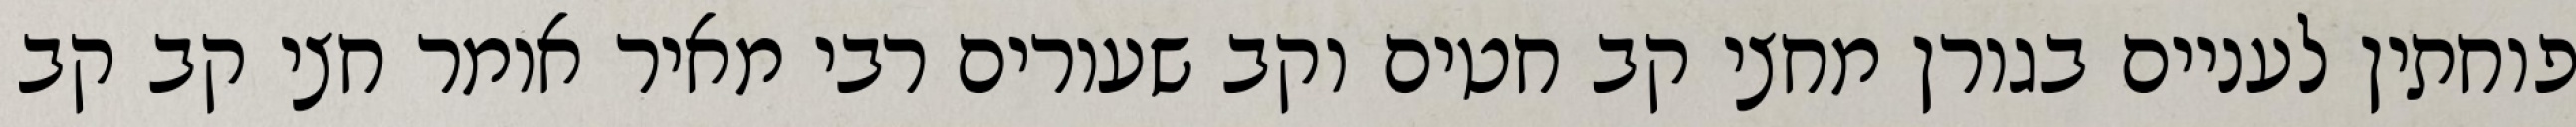
פוחתין לעניים בגורן מחצי קב חטים וקב שעורים רבי מאיר אומר חצי קב קב